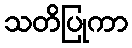
သတိပြုကာ